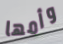
وأمها